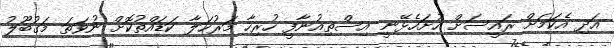
އަދި އެކަމަށް ރައީސަށް ހުށަހެޅޭނީ އިސްތިއުނާފީ ހުރިހާ މަރުހަލާ ކަޑައްތުކޮށް ނުވަތަ މަގުބޫލު